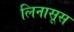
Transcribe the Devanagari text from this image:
लिनासूस